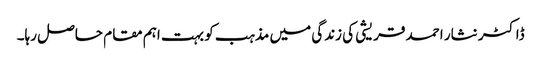
ڈاکٹر نثار احمد قریشی کی زندگی میں مذہب کو بہت اہم مقام حاصل رہا۔